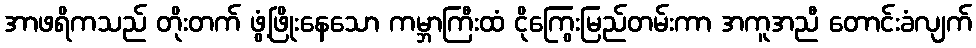
အာဖရိကသည် တိုးတက် ဖွံ့ဖြိုးနေသော ကမ္ဘာကြီးထံ ငိုကြွေးမြည်တမ်းကာ အကူအညီ တောင်းခံလျက်